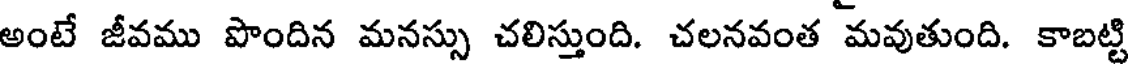
అంటే జీవము పొందిన మనస్సు చలిస్తుంది. చలనవంత మవుతుంది. కాబట్టి